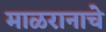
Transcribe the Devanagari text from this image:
माळरानाचे